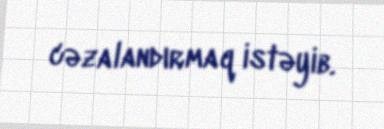
cəzalandırmaq istəyib.